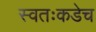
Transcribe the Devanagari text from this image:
स्वतःकडेच